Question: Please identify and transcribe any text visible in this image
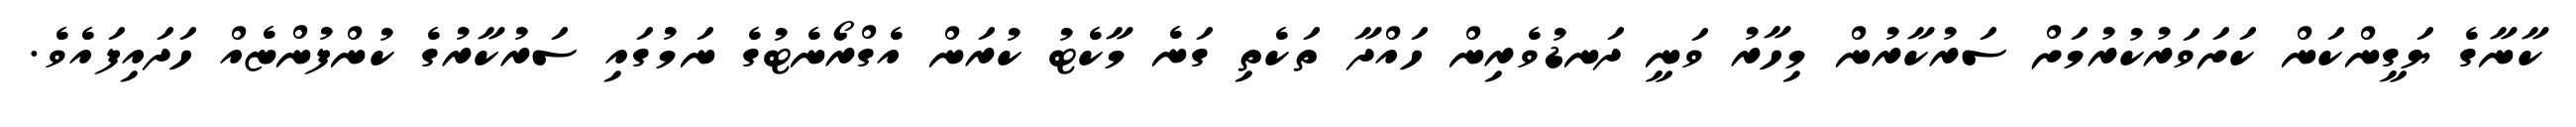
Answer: ކާނާގެ ޔަގީންކަން ކަށަވަރުކުރުމަށް ސަރުކާރުން މިހާރު ވަނީ ދަނޑުވެރިން ހައްދާ ތަކެތި ގަނެ މާކެޓު ކުރަން އެގްރޯނެޓުގެ ނަމުގައި ސަރުކާރުގެ ކުންފުންޏެއް ހަދައިފައެވެ.